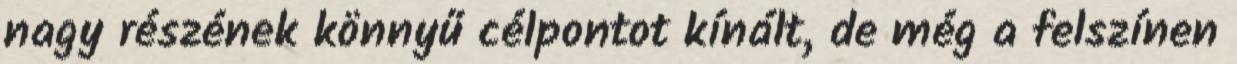
nagy részének könnyű célpontot kínált, de még a felszínen